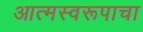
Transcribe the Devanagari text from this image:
आत्मस्वरूपाचा